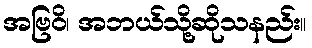
အဗြဝိ၊ အဘယ်သို့ဆိုသနည်း။